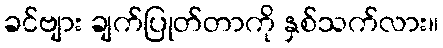
ခင်ဗျား ချက်ပြုတ်တာကို နှစ်သက်လား။